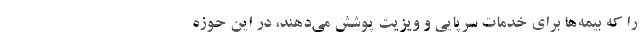
را که بیمه‌ها برای خدمات سرپایی و ویزیت پوشش می‌دهند، در این حوزه